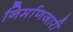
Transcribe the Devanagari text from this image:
निर्माणजारी